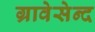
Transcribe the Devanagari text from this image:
ग्रावेसेन्द